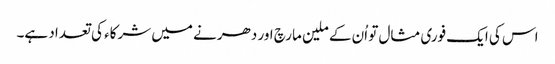
اس کی ایک فوری مثال تو اُن کے ملین مارچ اور دھرنے میں شرکاء کی تعداد ہے۔